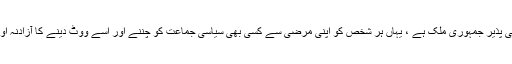
کراچی — پاکستان ترقی پذیر جمہوری ملک ہے ، یہاں ہر شخص کو اپنی مرضی سے کسی بھی سیاسی جماعت کو چننے اور اسے ووٹ دینے کا آزادنہ اور آئینی حق حاصل ہے۔